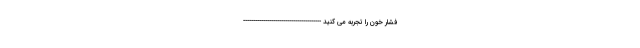
فشار خون را تجربه می کنید ---------------------------------------